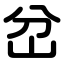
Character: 岔